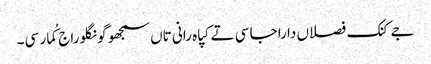
جے کنک فصلاں دا راجا سی تے کپاہ رانی تاں سمجھو گونگلو راج کُمار سی۔